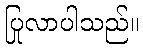
ပြုလာပါသည်။